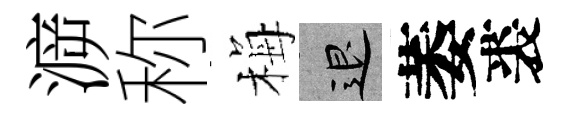
㴑称梅退萎裘